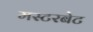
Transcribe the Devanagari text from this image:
मस्टरबेट